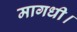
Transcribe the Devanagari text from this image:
मागधी।